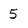
Character: 5